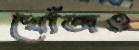
খোঁজও